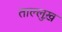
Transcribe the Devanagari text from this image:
ताल्लुख़